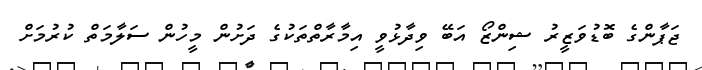
ޖަޕާންގެ ބޮޑުވަޒީރު ޝިންޒޯ އަބޭ ވިދާޅުވީ އިމާރާތްތަކުގެ ދަށުން މީހުން ސަލާމަތް ކުރުމަށް